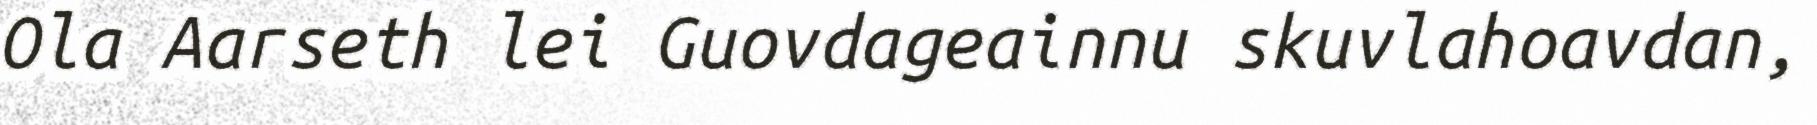
Ola Aarseth lei Guovdageainnu skuvlahoavdan,